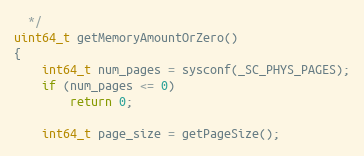
Language: C++
  */
uint64_t getMemoryAmountOrZero()
{
    int64_t num_pages = sysconf(_SC_PHYS_PAGES);
    if (num_pages <= 0)
        return 0;

    int64_t page_size = getPageSize();